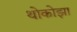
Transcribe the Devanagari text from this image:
थोकोझा